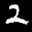
Label: 2